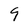
Character: 9